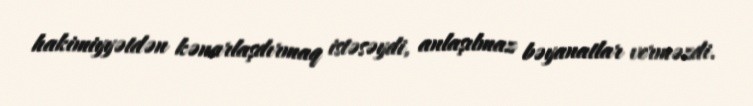
hakimiyyətdən kənarlaşdırmaq istəsəydi, anlaşılmaz bəyanatlar verməzdi.